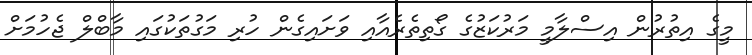
މީގެ އިތުރުން އިސްލާމީ މަރުކަޒުގެ ގޯތިތެރެއާއި ވަށައިގެން ހުރި މަގުތަކުގައި މާބްލް ޖެހުމަށް